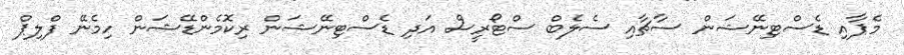
މެޕާއި ޑެސްޓިނޭޝަން ސާޗާއި ސެލެބް ސްޓޯރީސް އަދި ޑެސްޓިނޭޝަން ރިކޮމެންޑޭޝަން ހިމެނޭ ފްލިޕް